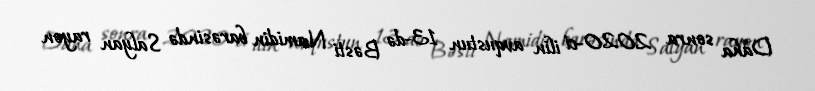
Daha sonra 2020-ci ilin avqustun 13-də Bəsti Namidin barəsində Salyan rayon